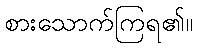
စားသောက်ကြရ၏။